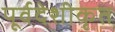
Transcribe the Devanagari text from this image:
पूर्वदेशीकृत